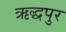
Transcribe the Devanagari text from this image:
ऋद्धपुर